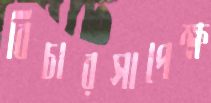
বিচারসাপেক্ষ